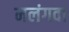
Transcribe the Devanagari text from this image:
मलंगवा